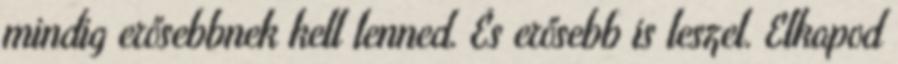
mindig erősebbnek kell lenned. És erősebb is leszel. Elkapod